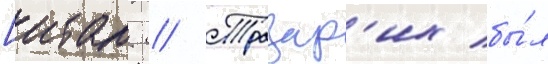
[итал. // Тразар'их бы́л